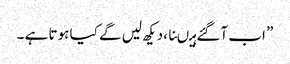
” اب آگئے ہیںنا ،دیکھ لیں گے کیا ہوتا ہے ۔